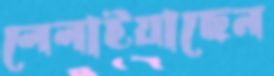
লেলাইয়াছেন